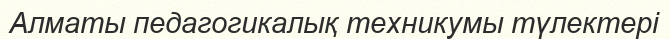
Алматы педагогикалық техникумы түлектері